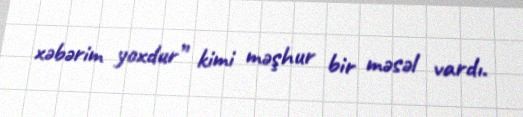
xəbərim yoxdur” kimi məşhur bir məsəl vardı.